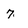
Character: 7